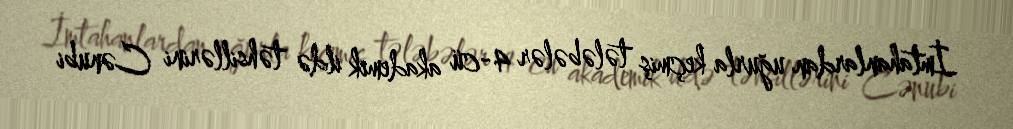
İmtahanlardan uğurla keçmiş tələbələr 4-cü akademik ildə təhsillərini Cənubi